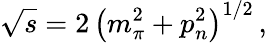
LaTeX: \sqrt{s}=2\, \left(m_{\pi}^{2}+p_{n}^{2}\right)^{1/2}\, ,